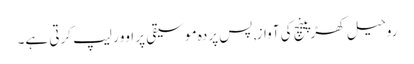
روحیل کھڑپینچ کی آواز, پس پردہ موسیقی پر اوور لیپ کرتی ہے۔